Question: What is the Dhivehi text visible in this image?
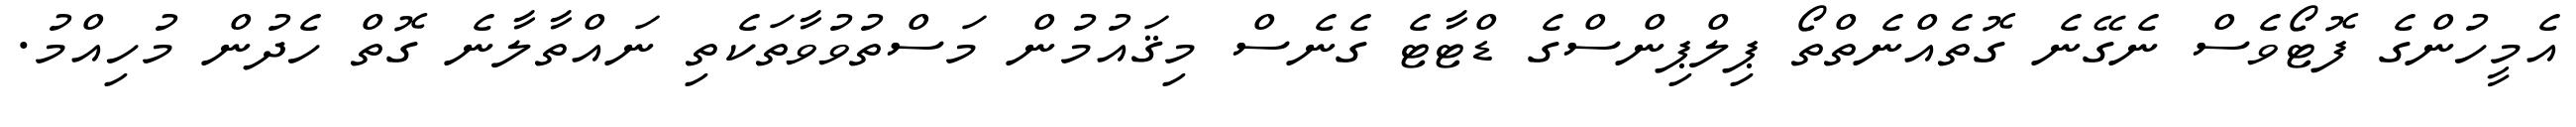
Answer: އެމީހުންގެ ފޮޓޯވެސް ނެގޭނެ ގޮތެއްނެތްތޯ ޕިލްޕިންސްގެ ޑްޓާޓެ ގެނެސް މިޤައުމުން މަސްތުވުވާތަކެތި ނައްތާލާނެ ގޮތް ހެދުން މުހިއްމު.